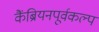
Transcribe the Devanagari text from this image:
कैंब्रियनपूर्वकल्प